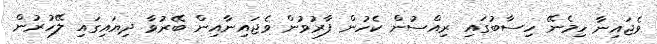
ވެޖައިނާ ހިމެނޭ ހިސާބުގައި ރިއްސުން ކެހުން ފާރުވުން ވެޖައިނާއިން ބޭރުވާ ދިޔައިގައި ލޭހުރުން